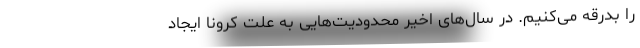
را بدرقه می‌کنیم. در سال‌های اخیر محدودیت‌هایی به علت کرونا ایجاد